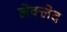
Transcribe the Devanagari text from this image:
लेक्लेद